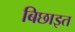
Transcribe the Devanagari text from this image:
बिछाइत